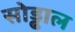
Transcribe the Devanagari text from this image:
सोड्ढाल